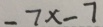
- 7 x - 7